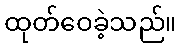
ထုတ်ဝေခဲ့သည်။